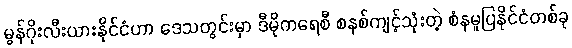
မွန်ဂိုးလီးယားနိုင်ငံဟာ ဒေသတွင်းမှာ ဒီမိုကရေစီ စနစ်ကျင့်သုံးတဲ့ စံနမူပြနိုင်ငံတစ်ခု